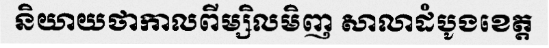
និយាយថាកាលពីម្សិលមិញ សាលាដំបូងខេត្ត